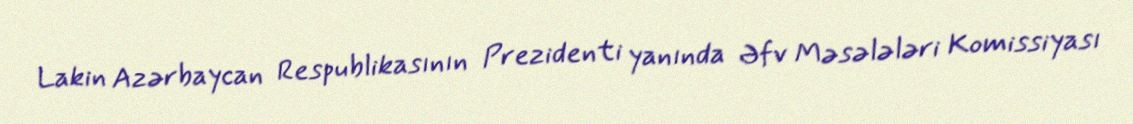
Lakin Azərbaycan Respublikasının Prezidenti yanında Əfv Məsələləri Komissiyası